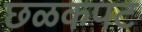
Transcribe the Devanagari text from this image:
छळकपट